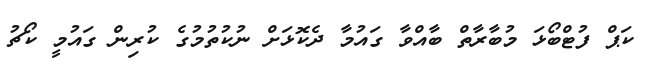
ކަޕް ފުޓްބޯޅަ މުބާރާތް ބާއްވާ ގައުމާ ދެކޮޅަށް ނުކުތުމުގެ ކުރިން ގައުމީ ކޯޗު